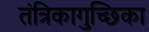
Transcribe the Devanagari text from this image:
तंत्रिकागुच्छिका